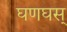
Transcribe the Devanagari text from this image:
घणघस्